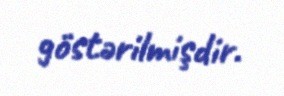
göstərilmişdir.